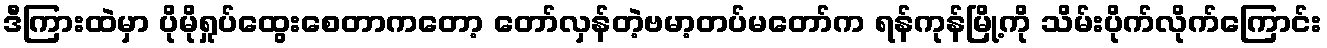
ဒီကြားထဲမှာ ပိုမိုရှုပ်ထွေးစေတာကတော့ တော်လှန်တဲ့ဗမာ့တပ်မတော်က ရန်ကုန်မြို့ကို သိမ်းပိုက်လိုက်ကြောင်း